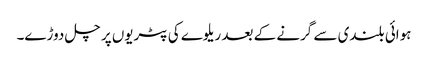
ہوائی بلندی سے گرنے کے بعد ریلوے کی پٹریوں پر چل دوڑے۔